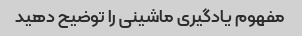
مفهوم یادگیری ماشینی را توضیح دهید